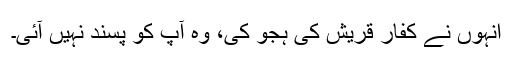
انہوں نے کفار قریش کی ہجو کی، وہ آپ کو پسند نہیں آئی۔